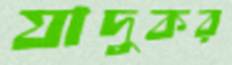
যাদুকর